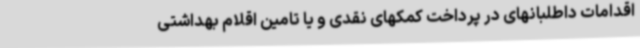
اقدامات داطلبانهای در پرداخت کمکهای نقدی و یا تامین اقلام بهداشتی